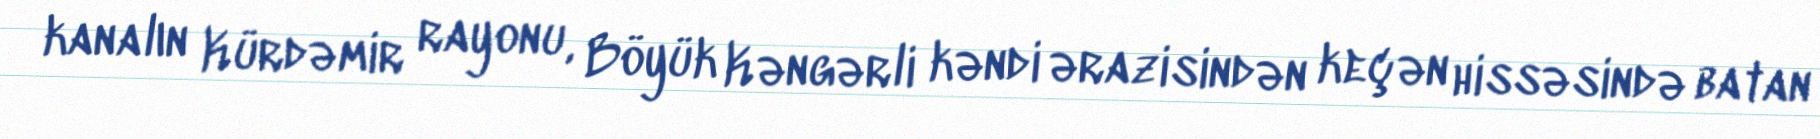
kanalın Kürdəmir rayonu, Böyük Kəngərli kəndi ərazisindən keçən hissəsində batan